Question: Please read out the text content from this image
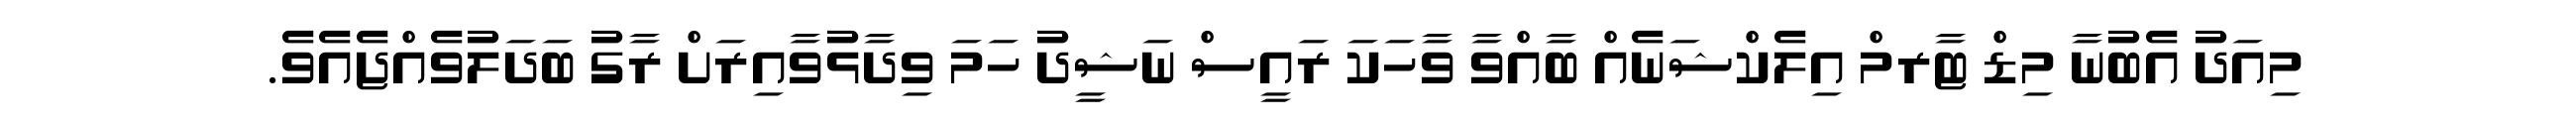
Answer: މިއަދު އެބުނާ މިޑް ޓާރމް އިލެކްޝަނެއް ބާއްވާ ވާހަކަ ރައީސް ނަޝީދު ހަމަ ވިދާޅުވާއިރަށް ރާގު ބަދަލުވެއްޖެއެވެ.